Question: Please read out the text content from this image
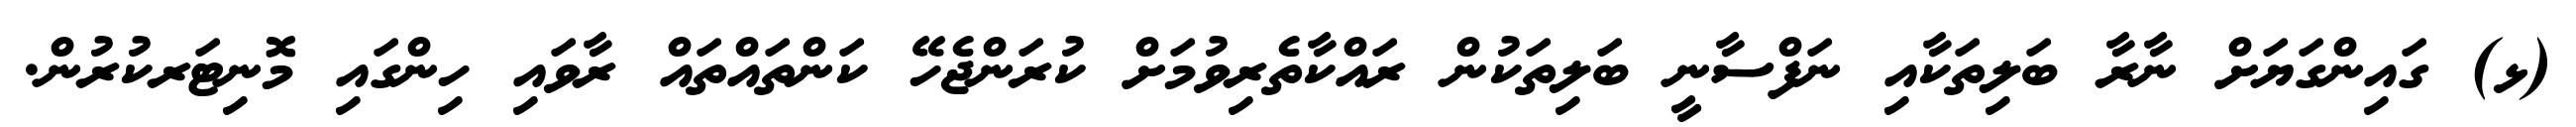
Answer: (ޅ) ގައިންގަޔަށް ނާރާ ބަލިތަކާއި ނަފްސާނީ ބަލިތަކުން ރައްކާތެރިވުމަށް ކުރަންޖެހޭ ކަންތައްތައް ރާވައި ހިންގައި މޮނިޓަރކުރުން.